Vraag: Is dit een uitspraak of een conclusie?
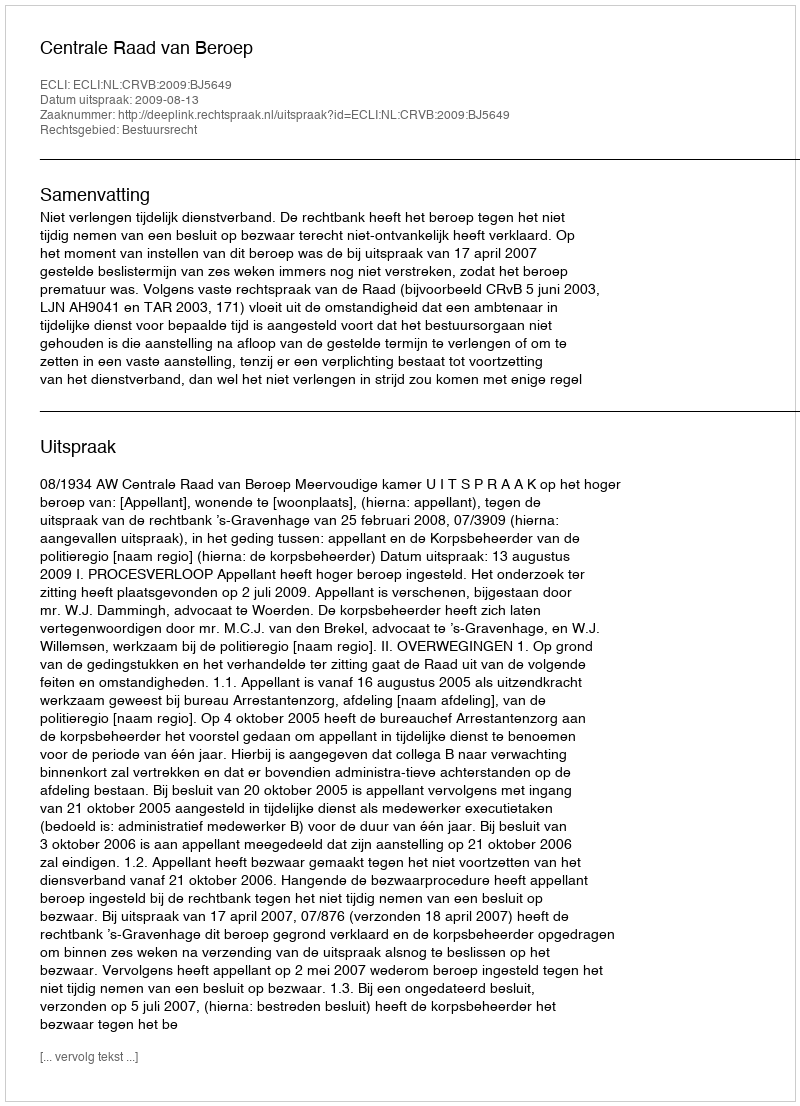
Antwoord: Uitspraak